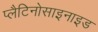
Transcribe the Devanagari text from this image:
प्लैटिनोसाइनाइड